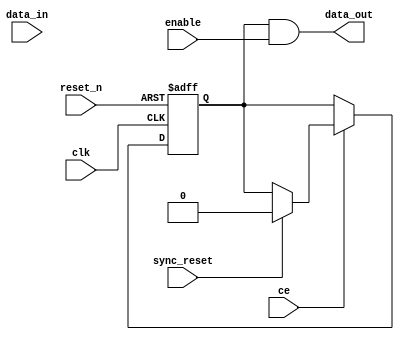
module latch_delay_line(clk, ce, sync_reset, data_in, enable, reset_n, data_out);
   parameter       count = 1;
   input           clk;
   input           ce;
   input           sync_reset;
   input           data_in;
   input           enable;
   input           reset_n;
   
   output          data_out;
   
   reg [count-1:0] shift_reg;
   reg [count-1:0] shift_next;
   
   reg             data_in_reg;
   reg             data_in_next;
   
   always @(posedge clk or negedge reset_n)
      if (reset_n == 1'b0)
      begin
         shift_reg <= {count{1'b0}};
         data_in_reg <= 1'b0;
      end
      else if (ce)
      begin
         shift_reg <= shift_next;
         data_in_reg <= data_in_next;
      end
   
   
   always @(shift_reg or enable or data_in or data_in_reg or sync_reset)
   begin
      shift_next <= shift_reg;
      
      data_in_next <= data_in | data_in_reg;
      
      if (enable == 1'b1)
      begin
         shift_next <= {(data_in | data_in_reg), shift_reg[count - 1:1]};
         data_in_next <= 1'b0;
      end
      
      if (sync_reset == 1'b1)
      begin
         shift_next <= {count{1'b0}};
         data_in_next <= 1'b0;
      end
   end
   
   assign data_out = shift_reg[0] & enable;
   
endmodule